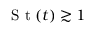
\textrm { S t } ( t ) \gtrsim 1